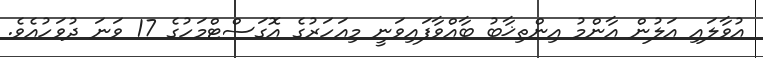
އުވާލައި އަލުން އާންމު އިންތިޚާބު ބާއްވާފައިވަނީ މިއަހަރުގެ އޮގަސްޓްމަހުގެ 17 ވަނަ ދުވަހުއެވެ.